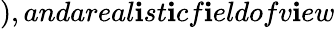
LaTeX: ),andareal\mathbf{i}st\mathbf{i}cf\mathbf{i}eldofv\mathbf{i}ew